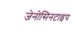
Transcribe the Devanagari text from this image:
जेनोसिनटाइप